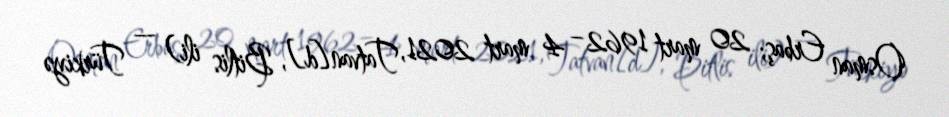
Osman Erbaş; 20 mart 1962 – 4 mart 2021, Tatvan[d], Bitlis ili) — Türkiyə